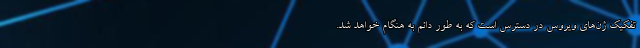
تفکیک ژن‌های ویروس در دسترس است که به طور دائم به هنگام خواهد شد.